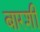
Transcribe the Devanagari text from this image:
बारशी